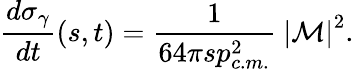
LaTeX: {\frac{d\sigma_{\gamma}}{dt}}(s,t)={\frac{1}{64\pi sp_{c.m.}^{2}}}~\left|{\cal M}\right|^{2}.